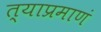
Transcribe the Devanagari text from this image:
त्याप्रमाणं